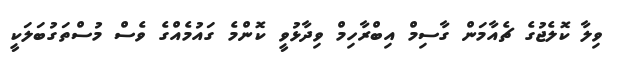
ވިލާ ކޮލެޖުގެ ޗެއާމަން ގާސިމް އިބްރާހިމް ވިދާޅުވީ ކޮންމެ ގައުމެއްގެ ވެސް މުސްތަގުބަލަކީ